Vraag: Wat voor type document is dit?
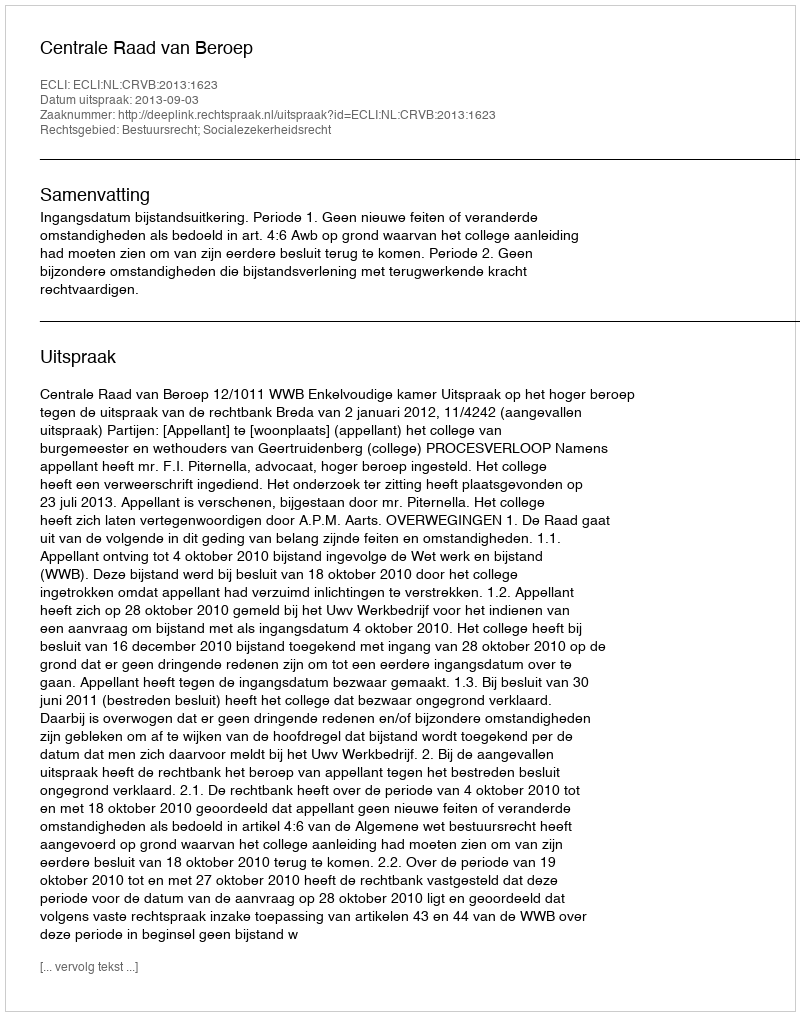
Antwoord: Uitspraak